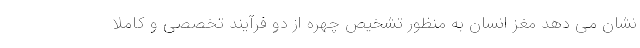
نشان می دهد مغز انسان به منظور تشخیص چهره از دو فرآیند تخصصی و کاملاً